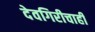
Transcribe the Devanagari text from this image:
देवगिरीचाही